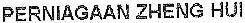
PERNIAGAAN ZHENG HUI